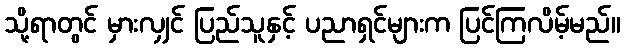
သို့ရာတွင် မှားလျှင် ပြည်သူနှင့် ပညာရှင်များက ပြင်ကြလိမ့်မည်။